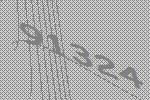
91324